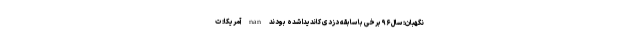
نگهبان: سال ۹۶ برخی با سابقه دزدی کاندیدا شده بودند nan آمریکا: ت